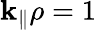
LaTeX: \mathbf{k}_{\parallel}\rho=1